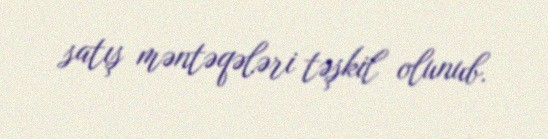
satış məntəqələri təşkil olunub.